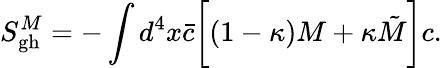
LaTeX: S_{\mathrm{gh}}^{M}=-\int d^{4}x{\bar{c}}\biggl[(1-\kappa)M+\kappa\tilde{M}\biggr]c.